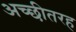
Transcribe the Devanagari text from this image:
अच्छीतरह